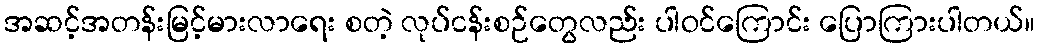
အဆင့်အတန်းမြင့်မားလာရေး စတဲ့ လုပ်ငန်းစဉ်တွေလည်း ပါဝင်ကြောင်း ပြောကြားပါတယ်။